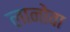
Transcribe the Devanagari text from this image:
लानोवा